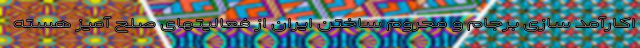
اکارآمد سازی برجام و محروم ساختن ایران از فعالیتهای صلح آمیز هسته